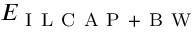
E _ { \mathrm { ~ I ~ L ~ C ~ A ~ P ~ + ~ B ~ W ~ } }